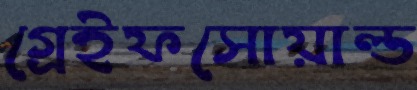
গ্রেইফসোয়াল্ড